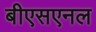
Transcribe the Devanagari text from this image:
बीएसएनल